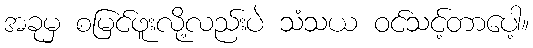
အခုမှ စမြင်ဖူးလို့လည်းပဲ သံသယ ဝင်သင့်တာပေါ့။